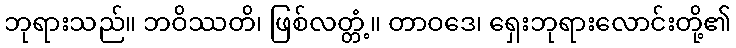
ဘုရားသည်။ ဘဝိဿတိ၊ ဖြစ်လတ္တံ့။ တာဝဒေ၊ ရှေးဘုရားလောင်းတို့၏